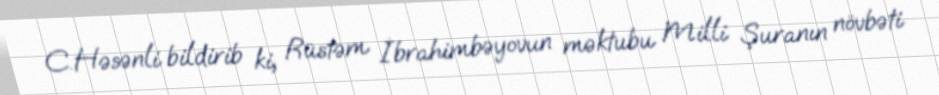
C.Həsənli bildirib ki, Rüstəm İbrahimbəyovun məktubu Milli Şuranın növbəti